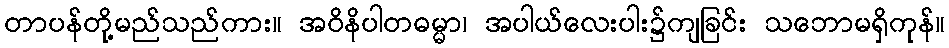
တာပန်တို့မည်သည်ကား။ အဝိနိပါတဓမ္မာ၊ အပါယ်လေးပါး၌ကျခြင်း သဘောမရှိကုန်။